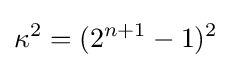
\kappa ^{2}=(2^{n+1}-1)^{2}